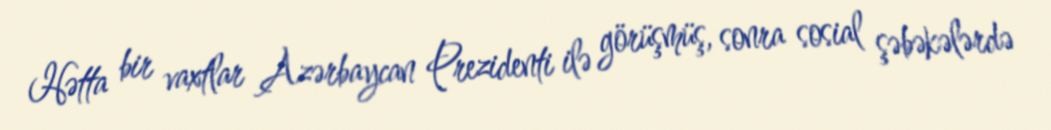
Hətta bir vaxtlar Azərbaycan Prezidenti ilə görüşmüş, sonra sosial şəbəkələrdə